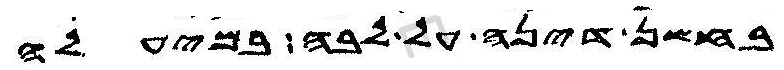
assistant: בחשן דינה על לבה במיעלה